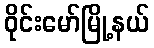
ဝိုင်းမော်မြို့နယ်